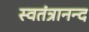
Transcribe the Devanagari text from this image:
स्वतंत्रानन्द